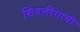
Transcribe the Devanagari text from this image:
शिवलींगाची